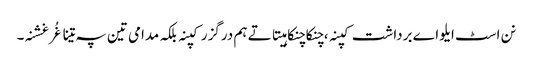
نن اسٹ ایلو اے برداشت کپنہ ، چنکاچنکا ہیتاتے ہم درگزر کپنہ بلکہ مدامی تین پہ تینا غُرغشنہ۔